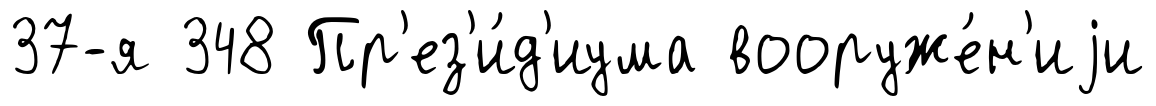
37-я 348 Пр'ез'и́д'иума вооруже́н'иjи